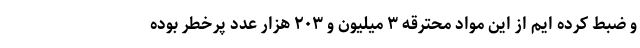
و ضبط کرده ایم از این مواد محترقه ۳ میلیون و ۲۰۳ هزار عدد پرخطر بوده